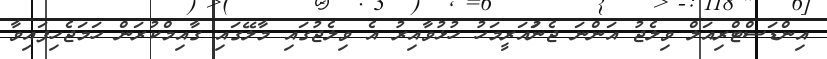
އިންޑަސްޓްރިއަލް ވިލެޖު އަންނަ ޖެނުައަރީމަހު ހުޅުވާއިރު އެ ވިލެޖުގައި މާލޭގައި ގާއިމްކުރަން ހަމަޖެހިފައިވާ